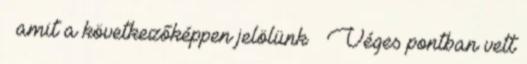
– amit a következőképpen jelölünk – Véges pontban vett